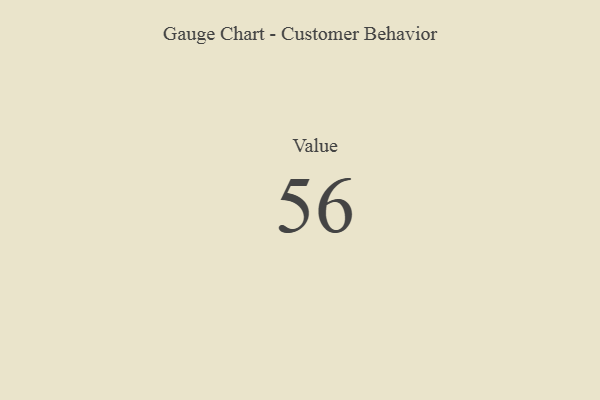
{"axis": {"x": "Metric", "y": "Value"}, "legend": [""], "data": [{"x": "Value", "y": 56, "type": ""}]}